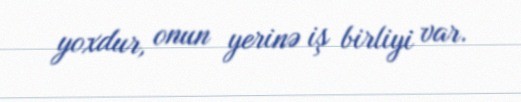
yoxdur, onun yerinə iş birliyi var.